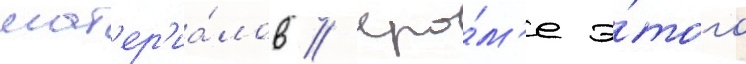
мат'ер'иа́лов // Кро́м'е э́того